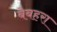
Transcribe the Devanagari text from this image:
बेबहरा